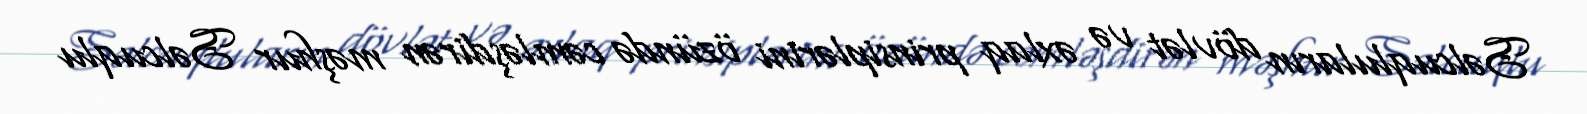
Səlcuqluların dövlət və əxlaq prinsiplərini özündə cəmləşdirən məşhur Səlcuqlu